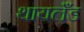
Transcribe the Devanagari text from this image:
थायलँड